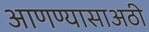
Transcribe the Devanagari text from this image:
आणण्यासाअठी